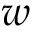
w